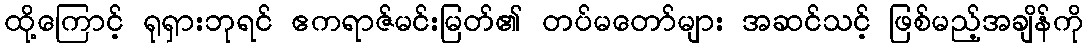
ထို့ကြောင့် ရုရှားဘုရင် ဧကရာဇ်မင်းမြတ်၏ တပ်မတော်များ အဆင်သင့် ဖြစ်မည့်အချိန်ကို